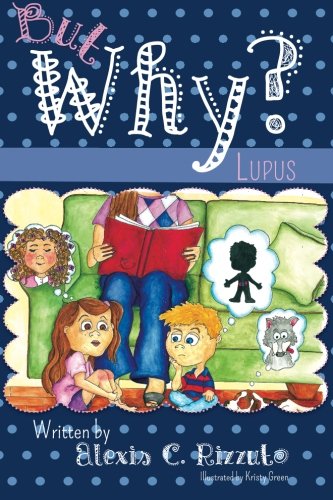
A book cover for But Why?: Lupus; Alexis C. Rizzuto; Health, Fitness & Dieting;